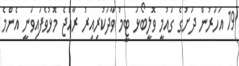
19 އަހަރުން ދަށުގެ ގައުމީ ވޮލީބޯޅަ ޓީމު ވާދަކުރިއިރު ރާއްޖެ މޮޅުވެފައިވަނީ އެންމެ